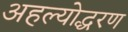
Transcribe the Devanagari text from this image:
अहल्योद्धरण